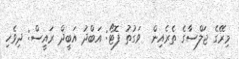
މިރޭގެ ޖަލްސާގެ ތެރެއިން  ވަގުތު ފޮޓޯ: އަބްދު އަބީދް ރައީސް: ދިވެހި